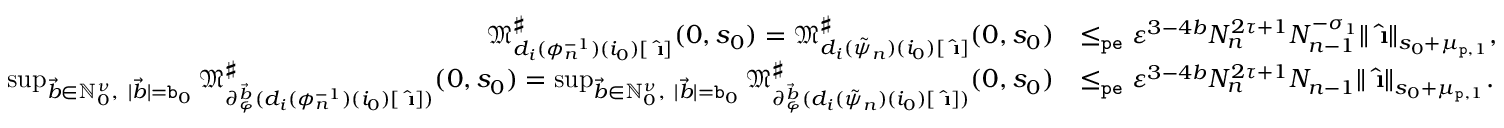
\begin{array} { r l } { \mathfrak { M } _ { d _ { i } ( \phi _ { n } ^ { - 1 } ) ( i _ { 0 } ) [ \hat { \textbf { \i } } ] } ^ { \sharp } ( 0 , s _ { 0 } ) = \mathfrak { M } _ { d _ { i } ( \tilde { \psi } _ { n } ) ( i _ { 0 } ) [ \hat { \textbf { \i } } ] } ^ { \sharp } ( 0 , s _ { 0 } ) } & { \le _ { \mathtt { p e } } \varepsilon ^ { 3 - 4 b } N _ { n } ^ { 2 \tau + 1 } N _ { n - 1 } ^ { - \sigma _ { 1 } } \rVert \hat { \textbf { \i } } \rVert _ { s _ { 0 } + \mu _ { \mathtt { p } , 1 } } , } \\ { \operatorname* { s u p } _ { \vec { b } \in \mathbb { N } _ { 0 } ^ { \nu } , \ | \vec { b } | = \mathtt { b } _ { 0 } } \mathfrak { M } _ { \partial _ { \varphi } ^ { \vec { b } } ( d _ { i } ( \phi _ { n } ^ { - 1 } ) ( i _ { 0 } ) [ \hat { \textbf { \i } } ] ) } ^ { \sharp } ( 0 , s _ { 0 } ) = \operatorname* { s u p } _ { \vec { b } \in \mathbb { N } _ { 0 } ^ { \nu } , \ | \vec { b } | = \mathtt { b } _ { 0 } } \mathfrak { M } _ { \partial _ { \varphi } ^ { \vec { b } } ( d _ { i } ( \tilde { \psi } _ { n } ) ( i _ { 0 } ) [ \hat { \textbf { \i } } ] ) } ^ { \sharp } ( 0 , s _ { 0 } ) } & { \le _ { \mathtt { p e } } \varepsilon ^ { 3 - 4 b } N _ { n } ^ { 2 \tau + 1 } N _ { n - 1 } \rVert \hat { \textbf { \i } } \rVert _ { s _ { 0 } + \mu _ { \mathtt { p } , 1 } } . } \end{array}